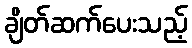
ချိတ်ဆက်ပေးသည့်